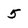
Character: 5